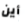
أين